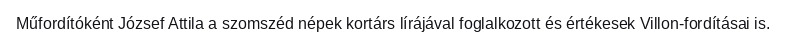
Műfordítóként József Attila a szomszéd népek kortárs lírájával foglalkozott és értékesek Villon-fordításai is.